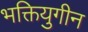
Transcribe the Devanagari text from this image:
भक्तियुगीन